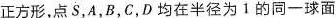
正方形，点S，A，B，C，D均在半径为1的同一球面